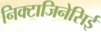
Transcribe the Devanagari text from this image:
निक्टाजिनेसिई